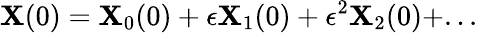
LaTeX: \mathbf{X}(0)=\mathbf{X}_{0}(0)+\epsilon\mathbf{X}_{1}(0)+\epsilon^{2}\mathbf{X}_{2}(0)+...